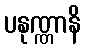
ပနုဏ္ဏာနိ